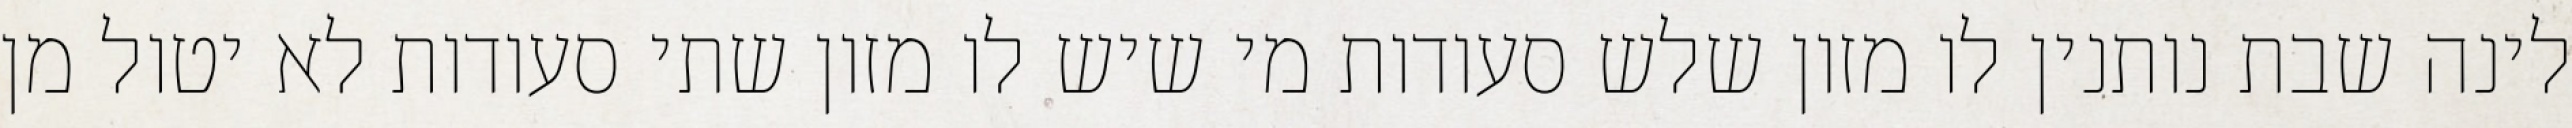
לינה שבת נותנין לו מזון שלש סעודות מי שיש לו מזון שתי סעודות לא יטול מן